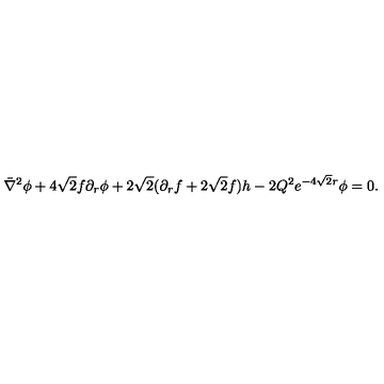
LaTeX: \bar { \nabla } ^ { 2 } \phi + 4 \sqrt 2 f \partial _ { r } \phi + 2 \sqrt 2 ( \partial _ { r } f + 2 \sqrt 2 f ) h - 2 Q ^ { 2 } e ^ { - 4 \sqrt 2 r } \phi = 0 .